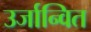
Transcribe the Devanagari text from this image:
उर्जान्वित